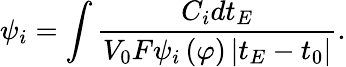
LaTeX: \psi_{i}=\int\frac{C_{i}dt_{E}}{V_{0}F\psi_{i}\left(\varphi\right)\left|t_{E}-t_{0}\right|}.